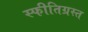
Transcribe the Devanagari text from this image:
स्फीतिग्रस्त